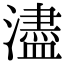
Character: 濜